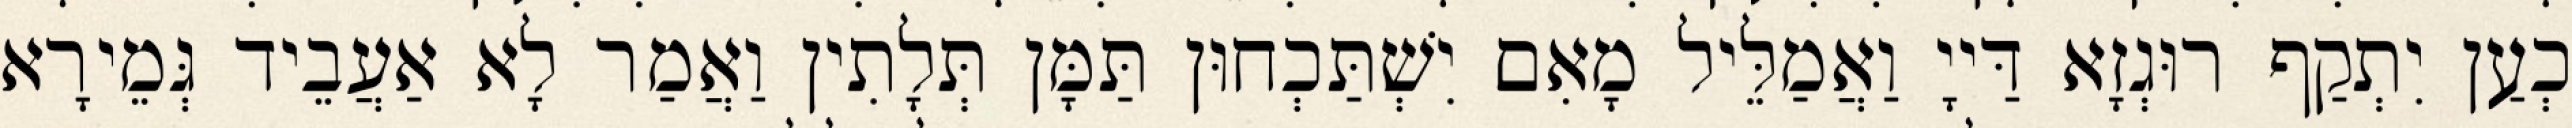
כְעַן יִתְקַף רוּגְזָא דַּייָ וַאֲמַלֵּיל מָאִם יִשְׁתַּכְחוּן תַּמָּן תְּלָתִין וַאֲמַר לָא אַעֲבֵיד גְּמֵירָא